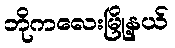
ဘိုကလေးမြို့နယ်